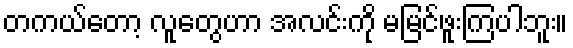
တကယ်တော့ လူတွေဟာ အလင်းကို မမြင်ဖူးကြပါဘူး။